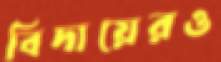
বিদায়েরও